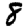
Digit: 8